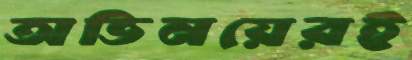
অভিনয়েরই